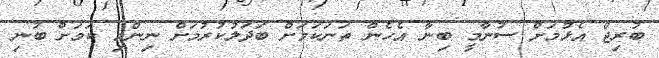
ބުރިޖް އެޅުމަށް ސުނާމީ ބިނާ އެހެން ތަނަކަމަށް ބަދަލުކުރުމަށް ނިންމި ކަމަށް ބުނި